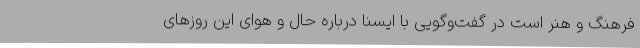
فرهنگ و هنر است در گفت‌وگویی با ایسنا درباره‌ حال و هوای این روزهای